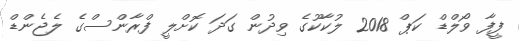
ފީފާ ވޯލްޑް ކަޕް 2018 ލުކާކޫގެ ވިދުން ގަދަ ކޮށްލީ ފްރާންސްގެ ލެޖެންޑް